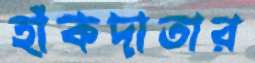
হাঁকদাতার